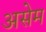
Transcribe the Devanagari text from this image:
असेम